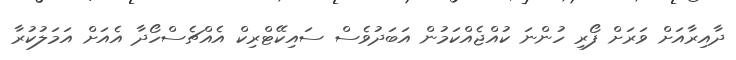
ދާއިރާއަށް ވަރަށް ފޯރި ހުންނަ ކުއްޖެއްކަމުން އަބަދުވެސް ސައިކޭޓްރިކް އެއްޗެސްހޯދާ އެއަށް އަމަލުކުރާ